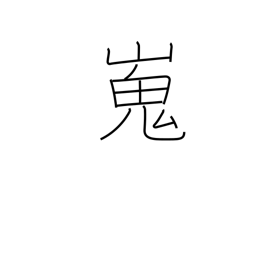
Meaning: high and flat